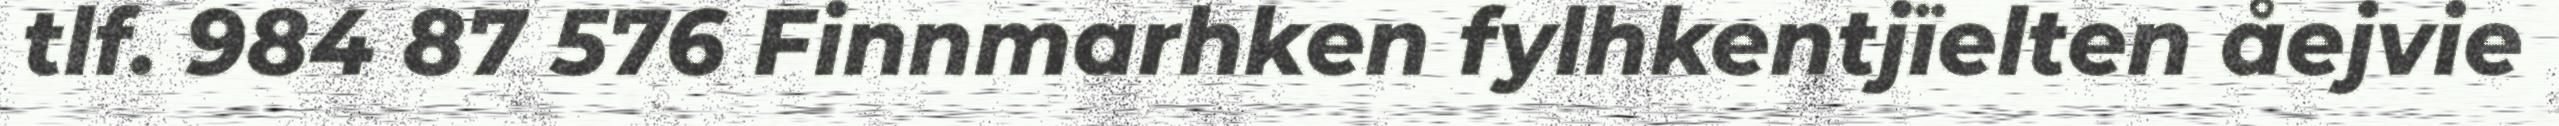
tlf. 984 87 576 Finnmarhken fylhkentjïelten åejvie